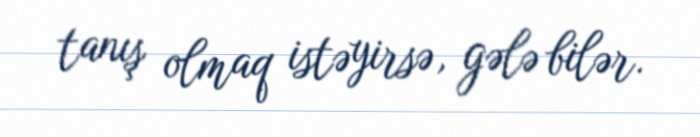
tanış olmaq istəyirsə, gələ bilər.